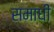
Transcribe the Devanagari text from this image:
समाधीं